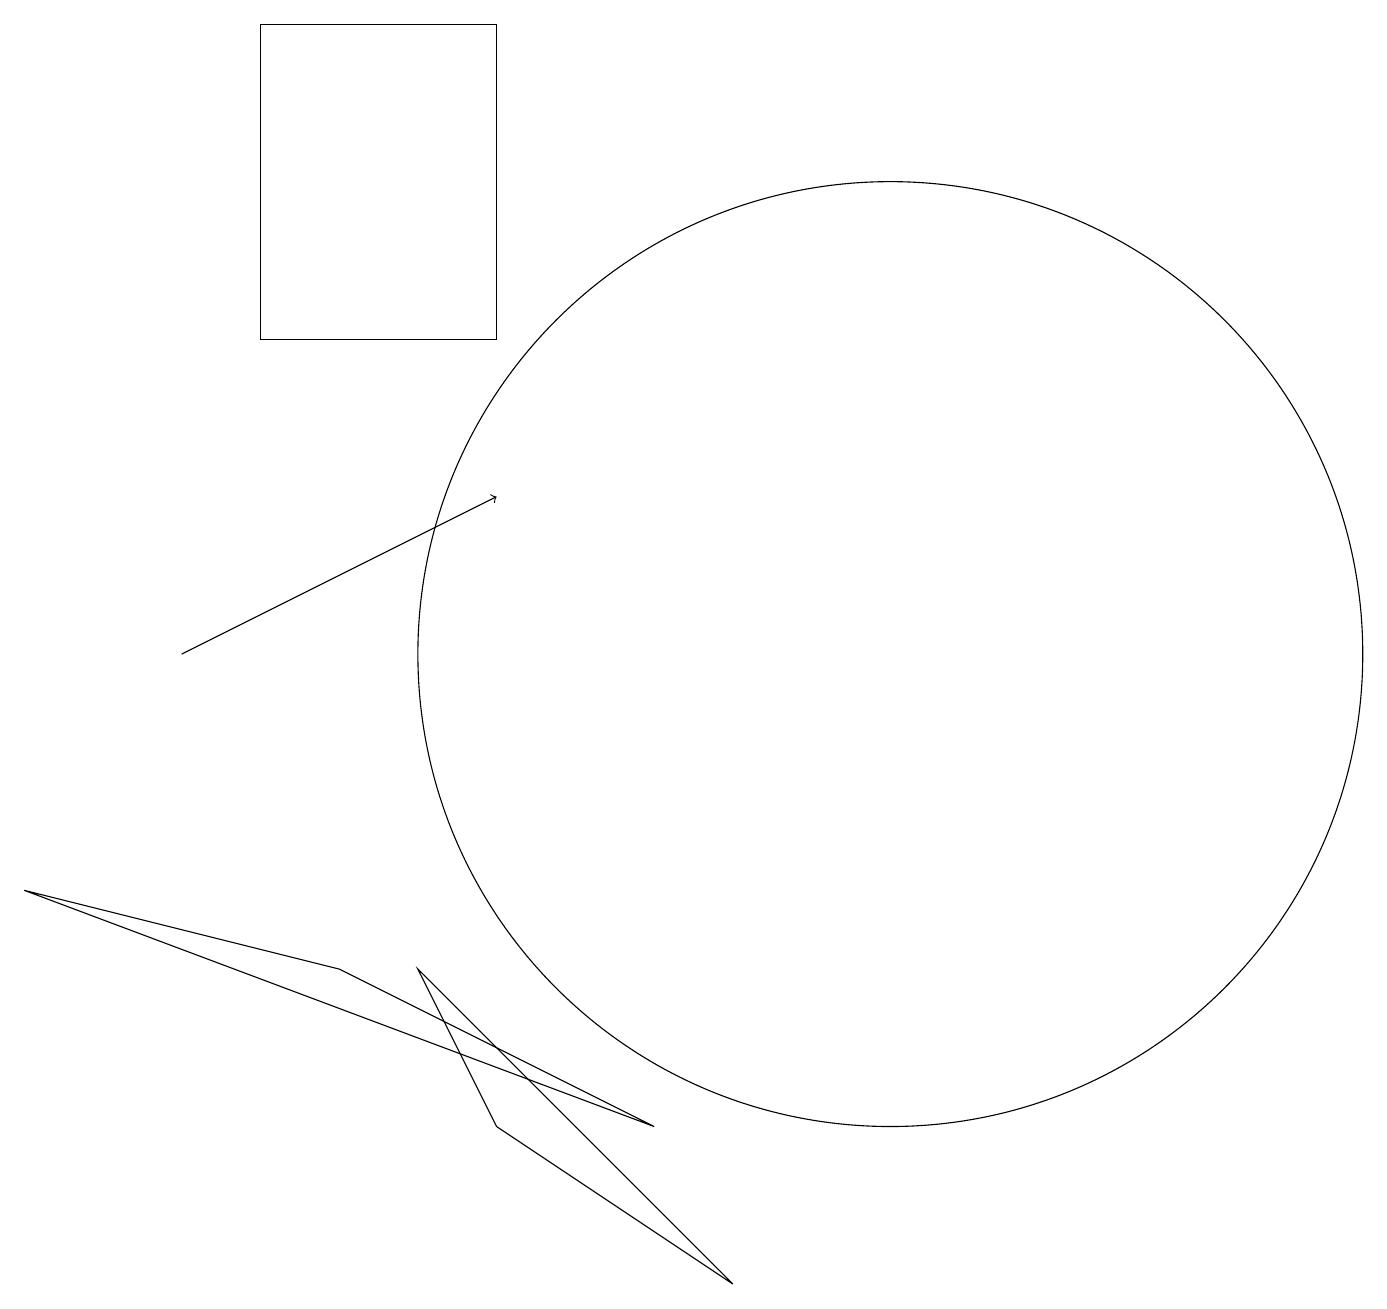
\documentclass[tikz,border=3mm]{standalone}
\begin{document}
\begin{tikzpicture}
\draw (6,16) rectangle (6,15);
\draw (6,14) rectangle (3,18);
\draw (5,6) -- (9,2) -- (6,4) -- cycle;
\draw[->] (2,10) -- (6,12);
\draw (11,10) circle (6);
\draw (0,7) -- (4,6) -- (8,4) -- cycle;
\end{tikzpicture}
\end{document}